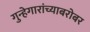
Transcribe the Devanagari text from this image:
गुन्हेगारांच्याबरोबर